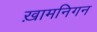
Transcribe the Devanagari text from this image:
ख़ामनिगन